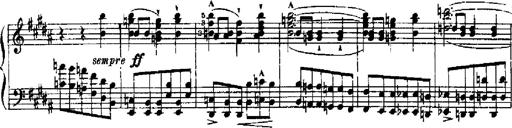
Title: RÃ©miniscences de Robert le diable
Composer: Franz Liszt